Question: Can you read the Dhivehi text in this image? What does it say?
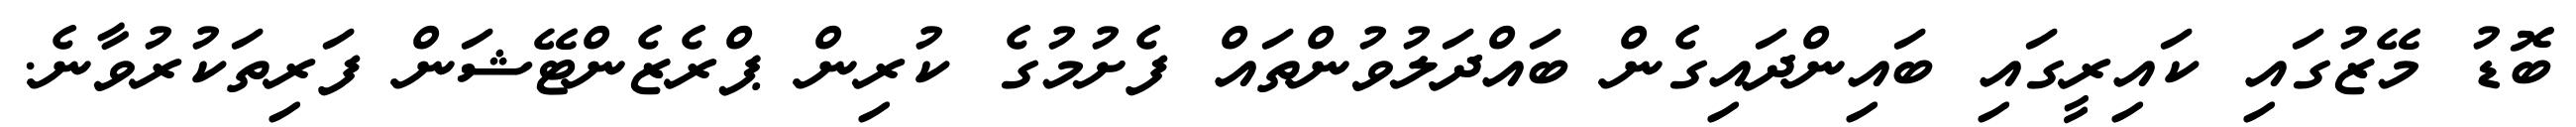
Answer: ބޮޑު މޭޒުގައި ކައިރީގައި ބައިންދައިގެން ބައްދަލުވުންތައް ފެށުމުގެ ކުރިން ޕްރެޒެންޓޭޝަން ފަރިތަކުރުވާނެ.